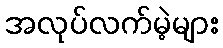
အလုပ်လက်မဲ့များ